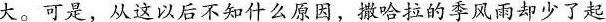
从这以后不知什么原因，撒哈拉的季风雨大。可是，却少了起